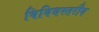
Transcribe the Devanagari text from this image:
विविधस्तरीय